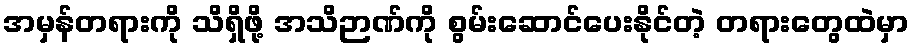
အမှန်တရားကို သိရှိဖို့ အသိဉာဏ်ကို စွမ်းဆောင်ပေးနိုင်တဲ့ တရားတွေထဲမှာ